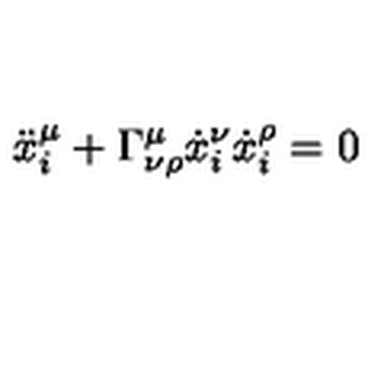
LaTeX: \ddot { x } _ { i } ^ { \mu } + \Gamma _ { \nu \rho } ^ { \mu } \dot { x } _ { i } ^ { \nu } \dot { x } _ { i } ^ { \rho } = 0